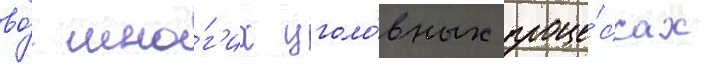
во́ мно́г'их уголо́вных проце́ссах